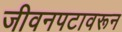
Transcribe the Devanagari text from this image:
जीवनपटावरून